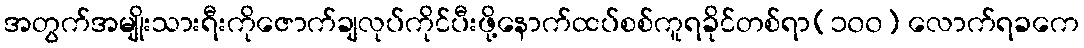
အတွက်အမျိုးသားရီးကိုဇောက်ချလုပ်ကိုင်ပီးဖို့နောက်ထပ်စစ်ကူရခိုင်တစ်ရာ(၁၀၀) လောက်ရခကေ